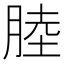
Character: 𦜣